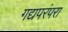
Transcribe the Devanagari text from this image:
गद्यपरंपरा